Annual report on the working of the Harcourt Butler Institute of Public Health, Rangoon
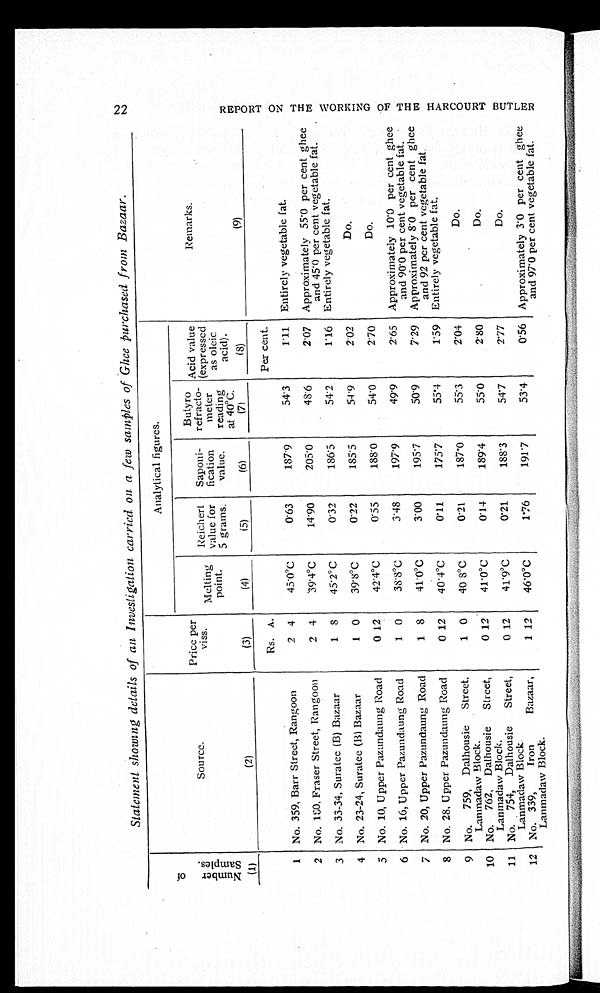
2 2
Statement showing details of an Investigation carried on a few samples of Ghee purchased from Bazaar.
N u m b e r o f S a m p l e s .
Source.
Price per
viss.
Analytical figures.
Remarks.
Meltin
g point.
Reichert
value for
5 grams.
Saponi
fication
value.
Butyro
refracto
meter
readin
g at 40°C.
Acid value
(expressed
as oleic
acid).
(1)
(2)
(3)
(4)
(5)
(6)
( 7 )
(8)
(9)
Rs. A.
Per cent.
1 No. 359, Barr Street, Rangoon
2 4
45.0°C
0.63
187.9
54.3
1.11 Entirely vegetable fat.
2 No. 180, Fraser Street, Rangoon
2 4
39.4°C
14.90
205.0
48.6
2.07 Approximately 55.0 per cent ghee
and 45.0 per cent vegetable fat.
3 No. 33-34, Suratee (B) Bazaar
1 8
45.2°C
0.32
186.5
54.2
1.16 Entirely vegetable fat.
4 No. 23-24, Suratee (B) Bazaar
1 0
39.8°C
0.22
185.5
54.9
2.02
Do.
5 No. 10, Upper Pazundaung Road
0 12
42.4°C
0.55
188.0
54.0
2.70
Do.
6 No. 16, Upper Pazundaung Road
1 0
38.8°C
3.48
197.9
49.9
2.65 Approximately 10.0 per cent ghee
and 90.0 per cent vegetable fat.
7 No. 20, Upper Pazundaung Road
1 8
41.0°C
3.00
195.7
50.9
7.29 Approximately 8.0 per cent ghee
and 92 per cent vegetable fat.
8 No. 28, Upper Pazundaung Road
0 12
40.4°C
0.11
175.7
55.4
1.59 Entirely vegetable fat.
9 No. 759, Dalhousie Street,
Lanmadaw Block.
1 0
40 8°C
0.21
187.0
55.3
2.04
Do.
10 No. 762, Dalhousie Street,
Lanmadaw Block.
0 12
41.0°C
0.14
189.4
55.0
2.80
Do.
11 No. 754, Dalhousie Street,
Lanmadaw Block.
0 12
41.9°C
0.21
188.3
54.7
2.77
Do.
12 No. 339, Iron Bazaar,
Lanmadaw Block.
1 12
46.0°C
1.76
191.7
53.4
0.56 Approximately 3.0 per cent ghee
and 97.0 per cent vegetable fat.
R E P O R T O N T H E W O R K I N G O F T H E H A R C O U R T B U T L E R